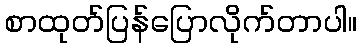
စာထုတ်ပြန်ပြောလိုက်တာပါ။